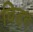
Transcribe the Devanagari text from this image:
विड़ग